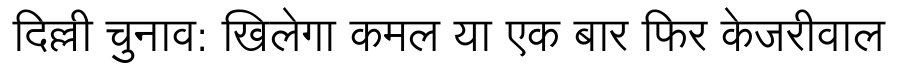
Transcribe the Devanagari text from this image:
दिल्ली चुनाव: खिलेगा कमल या एक बार फिर केजरीवाल